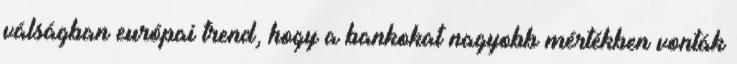
válságban európai trend, hogy a bankokat nagyobb mértékben vonták